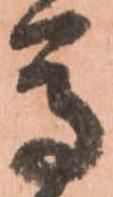
馬